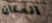
المكان